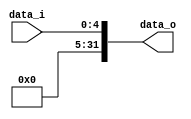
//Subject:     CO project 2 - Shift Amount extend
//--------------------------------------------------------------------------------
//Version:     1
//--------------------------------------------------------------------------------
//Writer:
//----------------------------------------------
//Date:
//----------------------------------------------
//Description:
//--------------------------------------------------------------------------------

module ShiftAmount_Extend(
    data_i,
    data_o
    );

//I/O ports
input   [5-1:0]  data_i;
output  [32-1:0] data_o;

//Internal Signals
reg     [32-1:0] data_o;

//Sign extended (actually, fill zero)
always@(*) begin
    data_o <= {27'd0, data_i};
end

endmodule